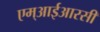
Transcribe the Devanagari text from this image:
एम्आईआरसी